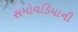
સમોવડિયાની